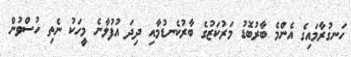
ހަނގުރާމައިގެ އެންމެ ބާރުބޮޑު މަރުކަޒުގެ ބާރުކެނޑުމާއި ދިދަ އުފުލާނެ މީހަކު ނެތި ހުސްވުން